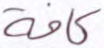
كافة